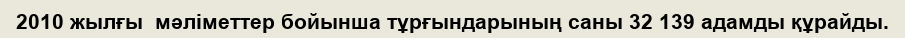
2010 жылғы  мәліметтер бойынша тұрғындарының саны 32 139 адамды құрайды.